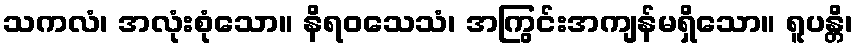
သကလံ၊ အလုံးစုံသော။ နိရဝသေသံ၊ အကြွင်းအကျန်မရှိသော။ ရူပန္တိ၊